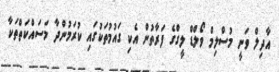
އާދިލް ވަނީ މުސްލިމް ވޯލްޑް ލީގްގެ ފަރާތުން އެކި ގައުމުތަކުގައި ކުރަމުންދާ މަސައްކަތްތަކާ